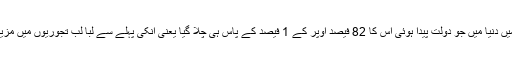
Oxfam کے مطابق گزشتہ ایک سال میں دنیا میں جو دولت پیدا ہوئی اس کا 82 فیصد اوپر کے 1 فیصد کے پاس ہی چلا گیا یعنی انکی پہلے سے لبا لب تجوریوں میں مزید دولت ٹھونس گئی۔